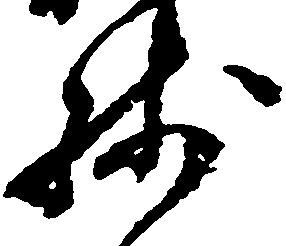
残